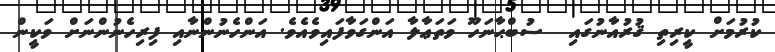
ކުރުމަށް ކީރިތި ޤުރުއާނުގައި  ސުބްޙާނަހޫ ވަތަޢާލާ އަންގަވާފައިވެއެވެ. އަންހެނުންނާއި ފިރިހެނުންނަށް ވަކީން